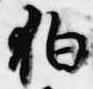
狛